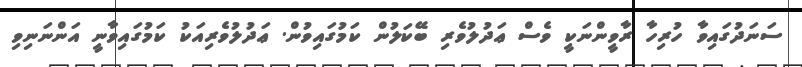
ސަނަދުގައިވާ ހުރިހާ ރާވީންނަކީ ވެސް ޢަދުލުވެރި ބޭކަލުން ކަމުގައިވުން. ޢަދުލުވެރިއަކު ކަމުގައިވާނީ އަންނަނިވި